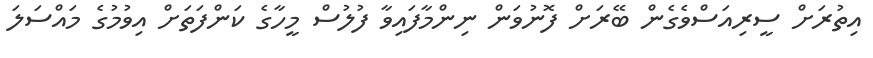
އިތުރަށް ސީރިއަސްވެގެން ބޭރަށް ފޮނުވަން ނިންމާފައިވާ ފުލުސް މީހާގެ ކަންފަތަށް އިވުމުގެ މައްސަލަ